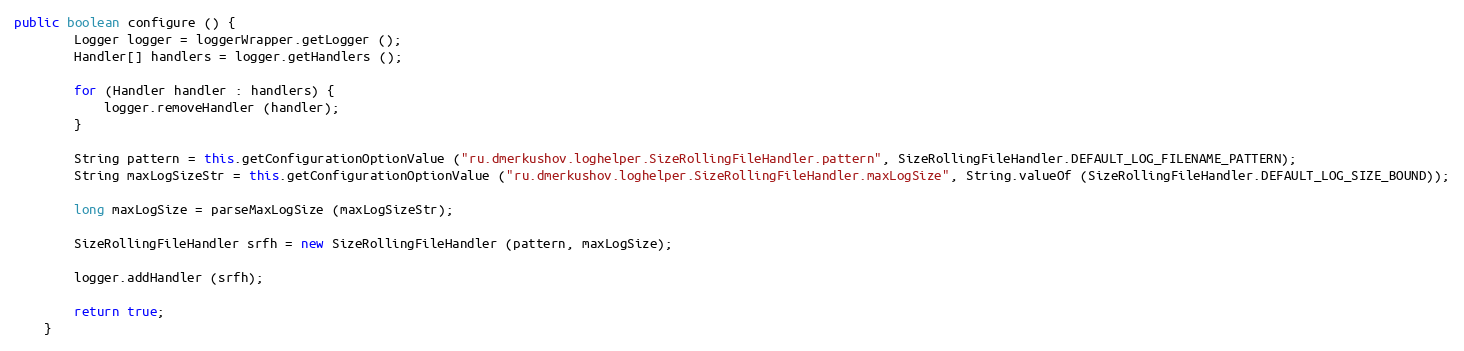
Language: Java
public boolean configure () {
		Logger logger = loggerWrapper.getLogger ();
		Handler[] handlers = logger.getHandlers ();

		for (Handler handler : handlers) {
			logger.removeHandler (handler);
		}

		String pattern = this.getConfigurationOptionValue ("ru.dmerkushov.loghelper.SizeRollingFileHandler.pattern", SizeRollingFileHandler.DEFAULT_LOG_FILENAME_PATTERN);
		String maxLogSizeStr = this.getConfigurationOptionValue ("ru.dmerkushov.loghelper.SizeRollingFileHandler.maxLogSize", String.valueOf (SizeRollingFileHandler.DEFAULT_LOG_SIZE_BOUND));

		long maxLogSize = parseMaxLogSize (maxLogSizeStr);

		SizeRollingFileHandler srfh = new SizeRollingFileHandler (pattern, maxLogSize);

		logger.addHandler (srfh);

		return true;
	}